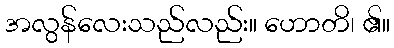
အလွန်လေးသည်လည်း။ ဟောတိ၊ ၏။